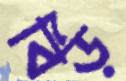
বিড়